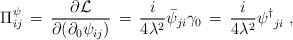
\begin{align*}\Pi^{\psi}_{ij}\,=\, \frac{\partial {\cal L}}{\partial(\partial_{0}\psi_{ij})}\,=\,\frac{i}{4\lambda^{2}}\bar{\psi}_{ji}\gamma_{0}\,=\,\frac{i}{4\lambda^{2}}{{\psi}^{\dagger}}_{ji} \; ,\end{align*}